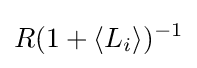
R(1+\langle L_{i}\rangle )^{-1}